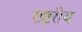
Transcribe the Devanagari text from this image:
राष्टरीय